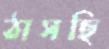
ঠাসছি